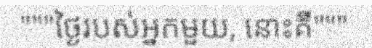
"""ថ្ងៃរបស់អ្នកមួយ, នោះគឺ"""